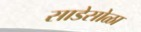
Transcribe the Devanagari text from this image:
साडेसोळा